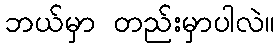
ဘယ်မှာ တည်းမှာပါလဲ။